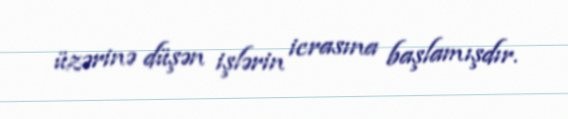
üzərinə düşən işlərin icrasına başlamışdır.